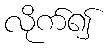
လိုက်၍